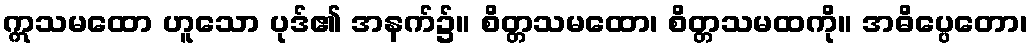
ဣသမထော ဟူသော ပုဒ်၏ အနက်၌။ စိတ္တသမထော၊ စိတ္တသမထကို။ အဓိပ္ပေတော၊